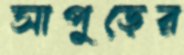
সাপুড়ের